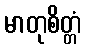
မာတုစိတ္တံ